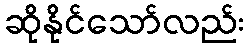
ဆိုနိုင်သော်လည်း